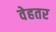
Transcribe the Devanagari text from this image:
वेहतर